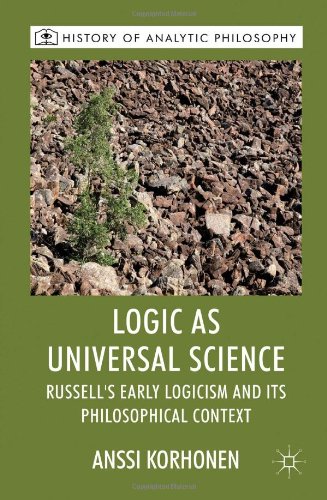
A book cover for Logic as Universal Science: Russell's Early Logicism and its Philosophical Context (History of Analytic Philosophy); Anssi Korhonen; Politics & Social Sciences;